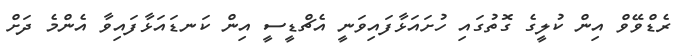
ރެޑްވޭވް އިން ކުލީގެ ގޮތުގައި ހުށައަޅާފައިވަނީ އެޗްޑީސީ އިން ކަނޑައަޅާފައިވާ އެންމެ ދަށް